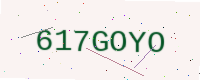
Text: 617GOYO